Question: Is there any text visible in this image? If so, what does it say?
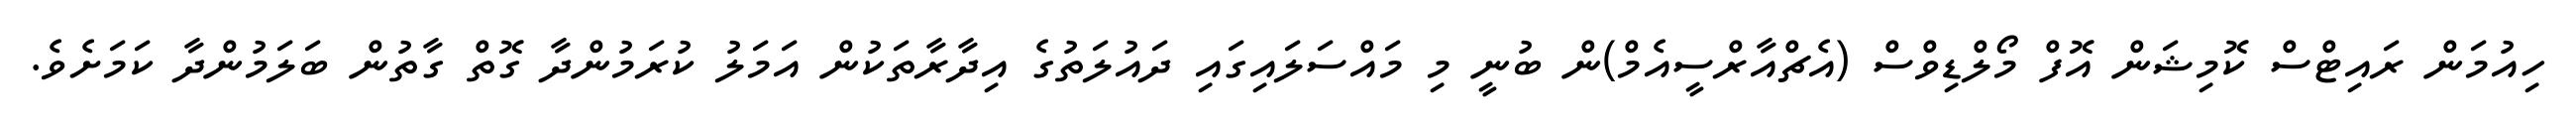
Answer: ހިއުމަން ރައިޓްސް ކޮމިޝަން އޮފް މޯލްޑިވްސް (އެޗްއާރްސީއެމް)ން ބުނީ މި މައްސަލައިގައި ދައުލަތުގެ އިދާރާތަކުން އަމަލު ކުރަމުންދާ ގޮތް ގާތުން ބަލަމުންދާ ކަމަށެވެ.